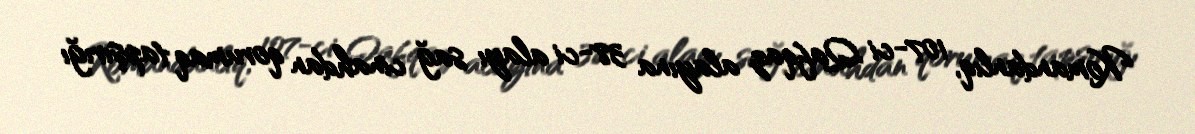
Komandanlıq, 107-ci Qafqaz alayına 38-ci alayı sağ cinahdan qorumaq tapşırığı